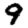
Digit: 9